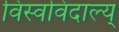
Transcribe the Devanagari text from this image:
विस्वविदाल्य्